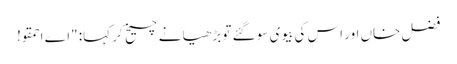
فضل خاں اور اس کی بیوی سو گئے تو بڑھیا نے چیخ کر کہا: "اے احمقو!